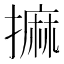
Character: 𢳀